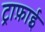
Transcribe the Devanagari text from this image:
ट्राफ़ाई